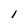
Character: 1